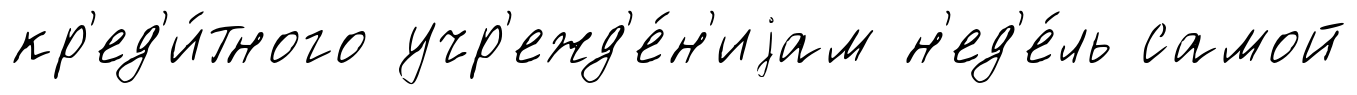
кр'ед'и́тного учр'ежд'е́н'иjам н'ед'е́ль самой